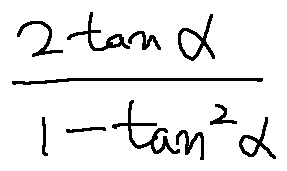
\frac { 2 \tan \alpha } { 1 - \tan ^ { 2 } \alpha }